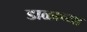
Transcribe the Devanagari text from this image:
डाळाच्या